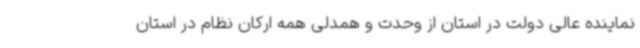
نماینده عالی دولت در استان از وحدت و همدلی همه ارکان نظام در استان